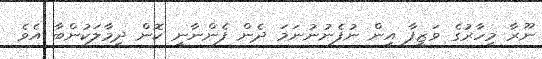
ނޫރާ މިހާރުގެ ވަޒީފާ އިން ނުފެނުނުނަމަ ދެން ފެންނާނީ ކޮން ދިމާލަކުންބާ އެވެ